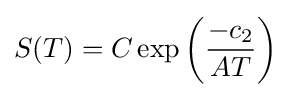
S(T)=C\exp \left({\frac {-c_{2}}{AT}}\right)